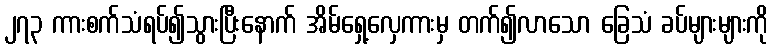
၂၇၃ ကားစက်သံရပ်၍သွားပြီးနောက် အိမ်ရှေ့လှေကားမှ တက်၍လာသော ခြေသံ ခပ်များများကို